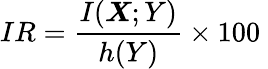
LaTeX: IR=\frac{I(\boldsymbol{X};Y)}{h(Y)}\times 100\